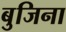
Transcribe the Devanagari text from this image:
बुजिना